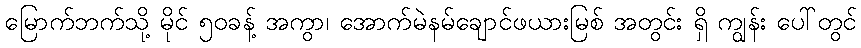
မြောက်ဘက်သို့ မိုင် ၅၀ခန့် အကွာ၊ အောက်မဲနမ်ချောင်ဖယားမြစ် အတွင်း ရှိ ကျွန်း ပေါ်တွင်